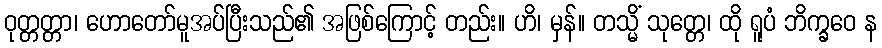
ဝုတ္တတ္တာ၊ ဟောတော်မူအပ်ပြီးသည်၏ အဖြစ်ကြောင့် တည်း။ ဟိ၊ မှန်။ တသ္မိံ သုတ္တေ၊ ထို ရူပံ ဘိက္ခဝေ န